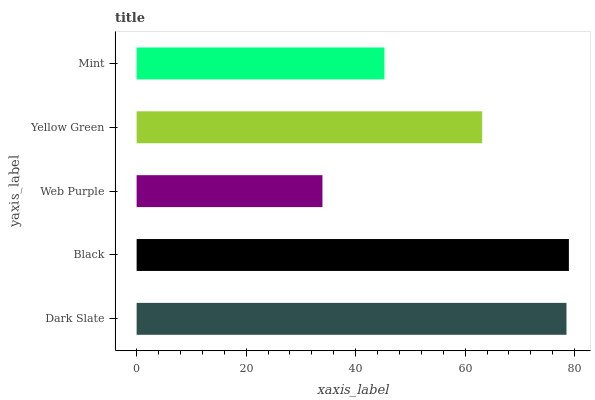
| yaxis_label | bars |
 | --- | --- |
 | Dark Slate | 78.5 |
 | Black | 79 |
 | Web Purple | 33.9 |
 | Yellow Green | 63.1 |
 | Mint | 45.3 |